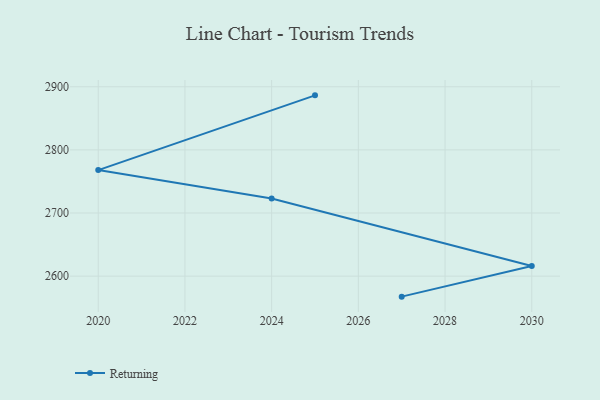
{"axis": {"x": "Year", "y": "Customer Acquisition Cost (USD)"}, "legend": ["Returning"], "data": [{"x": "2027", "y": 2567.5, "type": "Returning"}, {"x": "2030", "y": 2616.1, "type": "Returning"}, {"x": "2024", "y": 2722.9, "type": "Returning"}, {"x": "2020", "y": 2768.0, "type": "Returning"}, {"x": "2025", "y": 2886.4, "type": "Returning"}]}